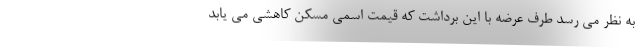
به نظر می رسد طرف عرضه با این برداشت که قیمت اسمی مسکن کاهشی می یابد